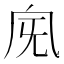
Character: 𣄯